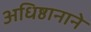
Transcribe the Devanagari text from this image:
अधिष्ठानाने